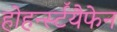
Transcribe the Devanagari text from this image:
होहर्न्स्टॅयैफेन